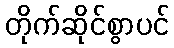
တိုက်ဆိုင်စွာပင်